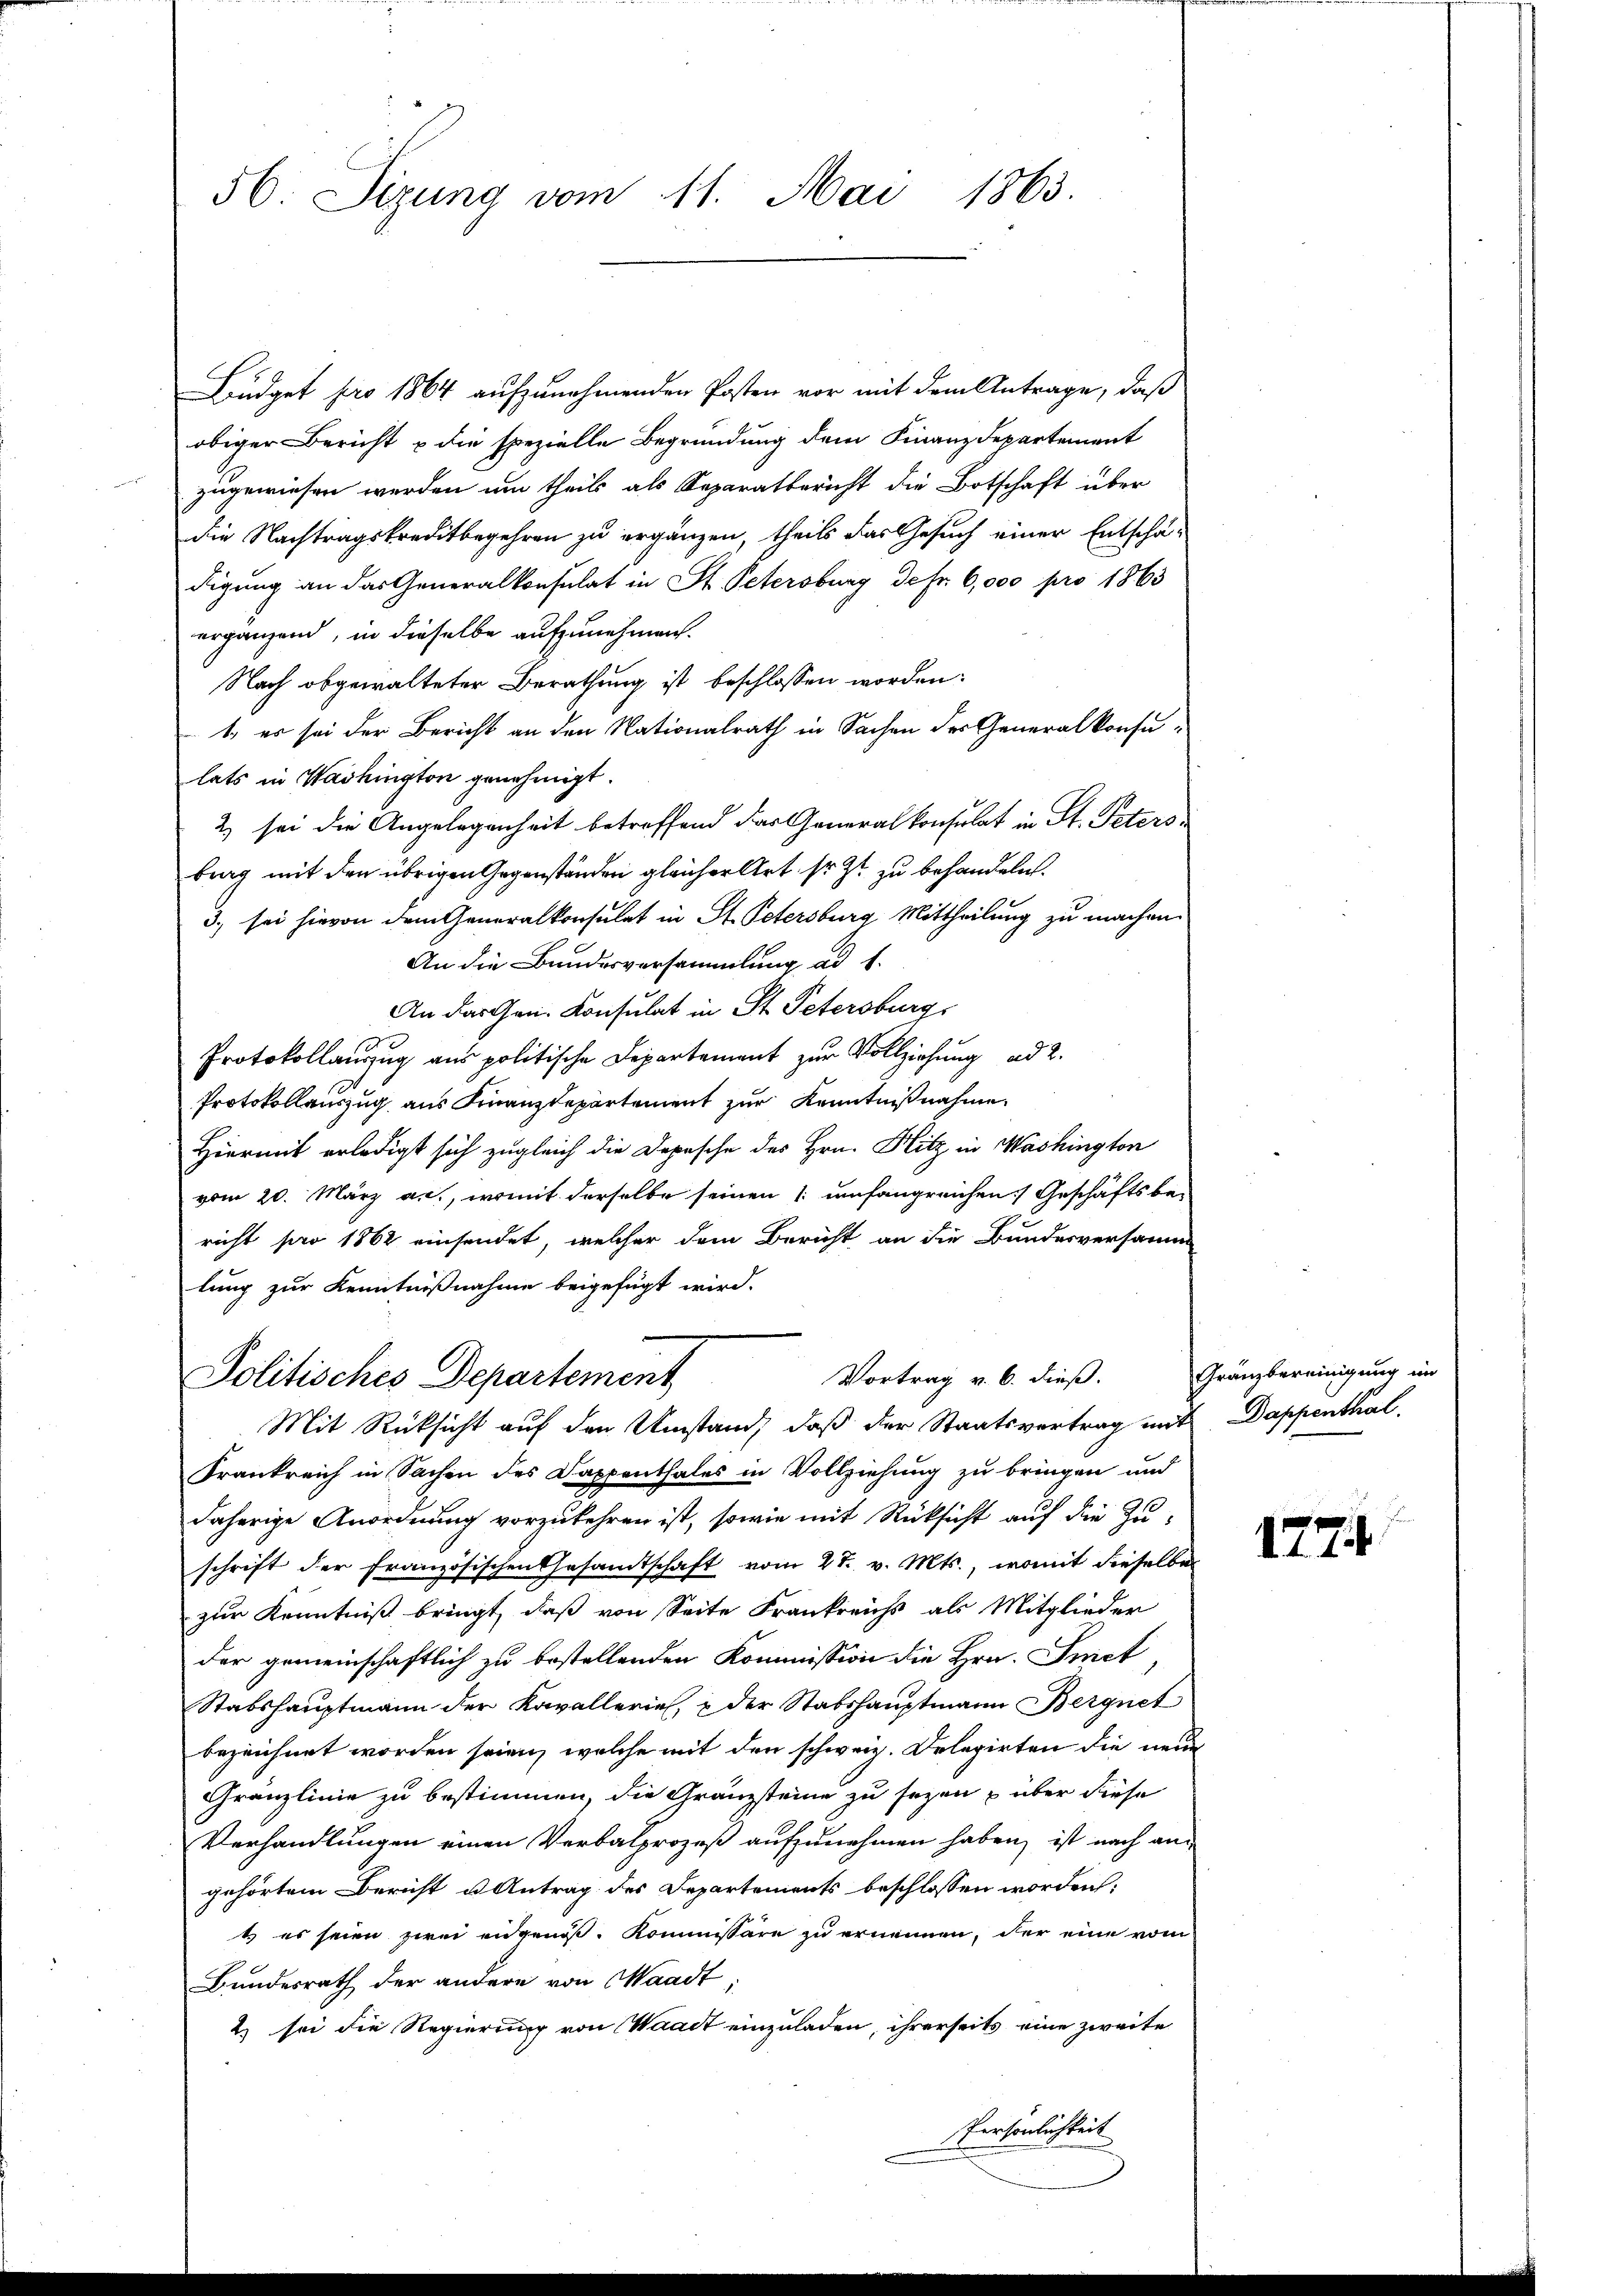
56. Sizung vom 11. Mai 1863.

Büdget pro 1864 aufzunehmenden Posten vor mit dem Antrage, daß
obiger Bericht u die spezielle Begründung dem Finanzdepartement
zugewiesen werden um theils als Reparatbericht die Botschaft über
die Nachtragskreditbegehren zu ergänzen, theils das Gesuch einer Entschä-
digung an das Generalkonsulat in St. Petersburg defr. 6,000 pro 1863
ergänzend, in dieselbe aufzunehmen.
Nach abgewalteter Berathung ist beschlossen worden:
1. er sei der Bericht an den Nationalrath in Sachen des Generalkonsulats in Washington genehmigt.
2) sei die Angelegenheit betreffend das Generalkonsulat in St. Petersbrag mit den übrigen Gegenständen gleicher Art sr. Zt. zu behandeln.
3. sei hievon dem Generalkonsulat in St. Petersburg Mittheilung zu machen.
An die Bundesversammlung ad 1.
An das Gen. Konsulat in St. Petersburg
Protokollanzug aus politische Departement zur Vollziehung ad 2.
Protokollauszug aus Finanzdepartement zur Kenntnißnahme,
Hiermit erledigt sich zugleich die Depesche des Hrn. Hitz in Washington
vom 20. März an, womit derselbe seinen (: umfangreichen Geschäftsbericht pro 1862 einsendet, welcher dem Bericht an die Bundesversamm
lung zur Kenntnißnahme beigefügt wird.
Vortrag v. 6. dieß. Granzbereinigung im
Politisches Departement
Mit Rücksicht auf den Umstand, daß der Staatsvertrag mit Dappenthal.
Frankreich in Sachen des Dappenthales in Vollziehung zu bringen und
daherige Anordnung vorzukehren ist, sowie mit Rücksicht auf die Zuschrift der Französischen Gesamtschaft vom 27. v. Mts., womit dieselbe
zur Kenntniß bringt, daß von Seite Frankreichs als Mitglieder
der gemeinschaftlich zu bestellenden Kommission die Hrn. Amet,
Stabshauptmann der Kavallerie, u der Stabshauptmann Bergnet
bezeichnet worden seien, welche mit den schweiz. Delegirten die neue
Granzlinie zu bestimmen, die Gränzsteine zu sezen u über diese
Verhandlungen einen Verbalprozeß aufzunehmen haben, ist nach angehörtem Bericht u Antrag des Departements beschlossen worden,
t.) es seien zwei eidgenoß. Kommissäre zu ernennen, der eine vom
Bundesrath der andere von Waadt,
2) sei die Regierung von Waadt einzuladen, ihrerseits eine zweite
Persönlichkeit

1774.